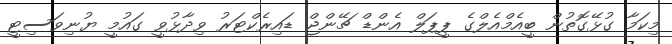
މިކަމާ ގުޅޭގޮތުން ބީއެމްއެލްގެ ޕީޕަލް އެންޑް ޗޭންޖް ޑައިރެކްޓަރު ވިދާޅުވީ ގައުމީ ޔުނިވަސިޓީ